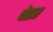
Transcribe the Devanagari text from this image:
चेडर